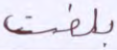
بلغت